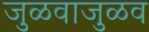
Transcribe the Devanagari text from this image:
जुळवाजुळव